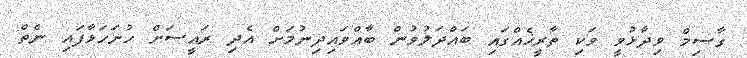
ގާސިމް ވިދާޅުވީ ވަކި ތާރީޚެއްގައި ބައްދަލުވުން ބާއްވައިދިނުމަށް އެދި ރައީސަށް ހުށަހަޅާފައި ނެތް